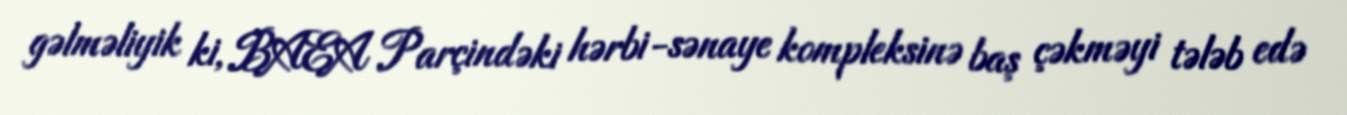
gəlməliyik ki, BAEA Parçindəki hərbi-sənaye kompleksinə baş çəkməyi tələb edə